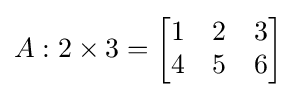
A:2\times 3={\begin{bmatrix}1&2&3\\4&5&6\end{bmatrix}}